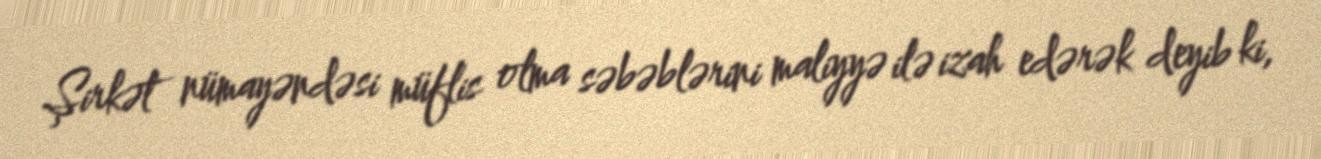
Şirkət nümayəndəsi müflis olma səbəblərini maliyyə ilə izah edərək deyib ki,